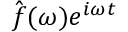
\hat { \b { f } } ( \omega ) e ^ { i \omega t }